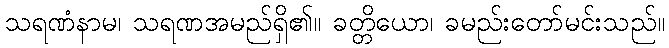
သရဏံနာမ၊ သရဏအမည်ရှိ၏။ ခတ္တိယော၊ ခမည်းတော်မင်းသည်။